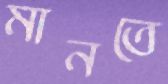
মানতে